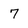
Character: 7